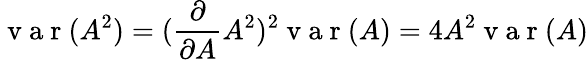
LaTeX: \mathrm{~v~a~r~}(A^{2})=(\frac{\partial}{\partial A}A^{2})^{2}\mathrm{~v~a~r~}(A)=4A^{2}\mathrm{~v~a~r~}(A)